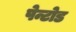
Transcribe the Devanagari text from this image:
पेन्टोड